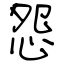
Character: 怨